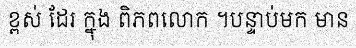
ខ្ពស់ ដែរ ក្នុង ពិភពលោក ។បន្ទាប់មក មាន